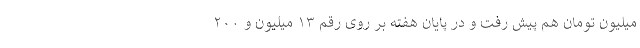
میلیون تومان هم پیش رفت و در پایان هفته بر روی رقم ۱۳ میلیون و ۲۰۰